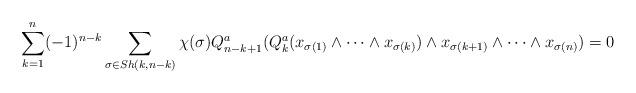
LaTeX: \begin{align*} \sum_{k=1}^n (-1)^{n-k} \sum_{\sigma\in Sh(k,n-k)} \chi(\sigma) Q^a_{n-k+1}(Q^a_k(x_{\sigma(1)}\wedge\dots\wedge x_{\sigma(k)})\wedge x_{\sigma(k+1)}\wedge \dots \wedge x_{\sigma(n)})=0\end{align*}